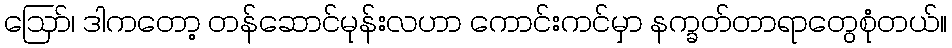
ဪ၊ ဒါကတော့ တန်ဆောင်မုန်းလဟာ ကောင်းကင်မှာ နက္ခတ်တာရာတွေစုံတယ်။